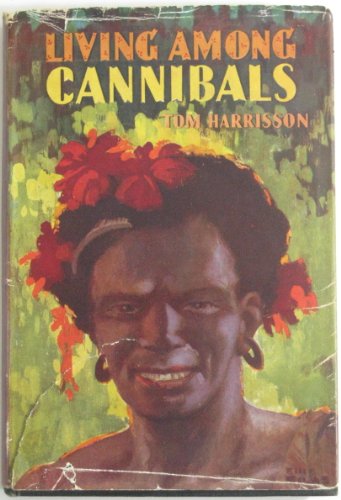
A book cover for Living Among Cannibals; Tom Harrisson; Travel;